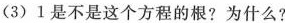
(3)1是不是这个方程的根?为什么?